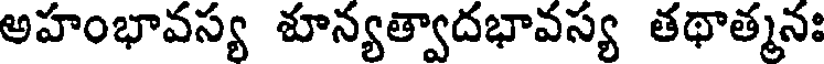
అహంభావస్య శూన్యత్వాదభావస్య తథాత్మనః